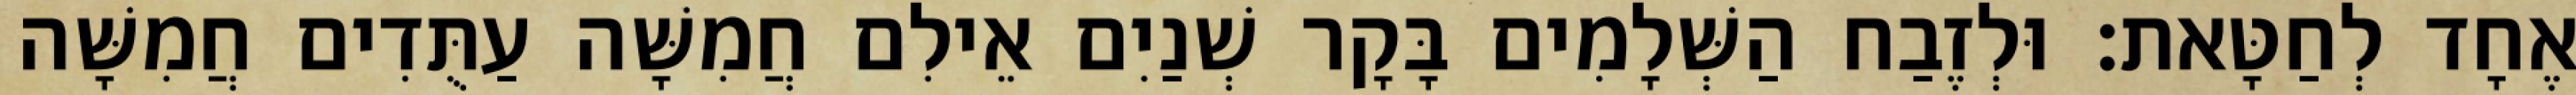
אֶחָד לְחַטָּאת׃ וּלְזֶבַח הַשְּׁלָמִים בָּקָר שְׁנַיִם אֵילִם חֲמִשָּׁה עַתֻּדִים חֲמִשָּׁה